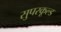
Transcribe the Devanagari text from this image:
सुपरकूल्ड